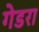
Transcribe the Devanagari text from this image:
गेडरा